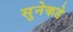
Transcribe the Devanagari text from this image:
सुनेकडे